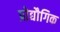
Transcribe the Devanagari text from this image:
प्रोद्यौगिक